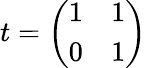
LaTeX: t=\left(\begin{array}{cc}{{1}}&{{1}}\\ {{0}}&{{1}}\end{array}\right)